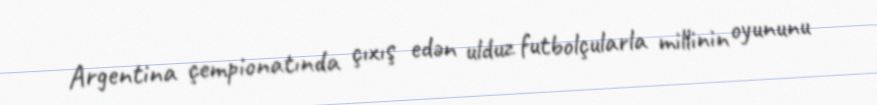
Argentina çempionatında çıxış edən ulduz futbolçularla millinin oyununu